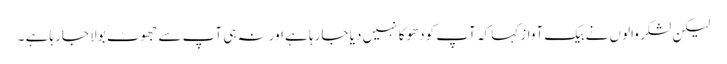
لیکن لشکر والوں نے بیک آواز کہا کہ آپ کودھوکا نہیں دیا جارہا ہے اورنہ ہی آپ سے جھوٹ بولا جارہا ہے ۔